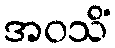
အဝသိံ